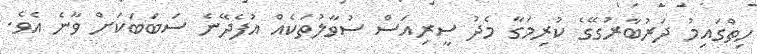
ހިތްގައިމު ދަރުބާރުގޭގެ ކުރިމަގާ މެދު ސީރިއަސް ސުވާލުތަކެއް އުފެދޭނެ ސަބަބަކަށް ވާނެ އެވެ.